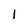
Character: 1